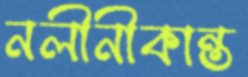
নলীনীকান্ত